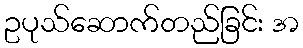
ဥပုသ်ဆောက်တည်ခြင်း အ